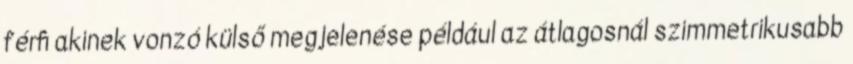
férﬁ akinek vonzó külső megjelenése például az átlagosnál szimmetrikusabb